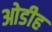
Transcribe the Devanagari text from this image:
ओडीह